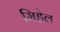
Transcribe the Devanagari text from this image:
मिहेल